Leningradi_Edasi_toimetus, lk 85
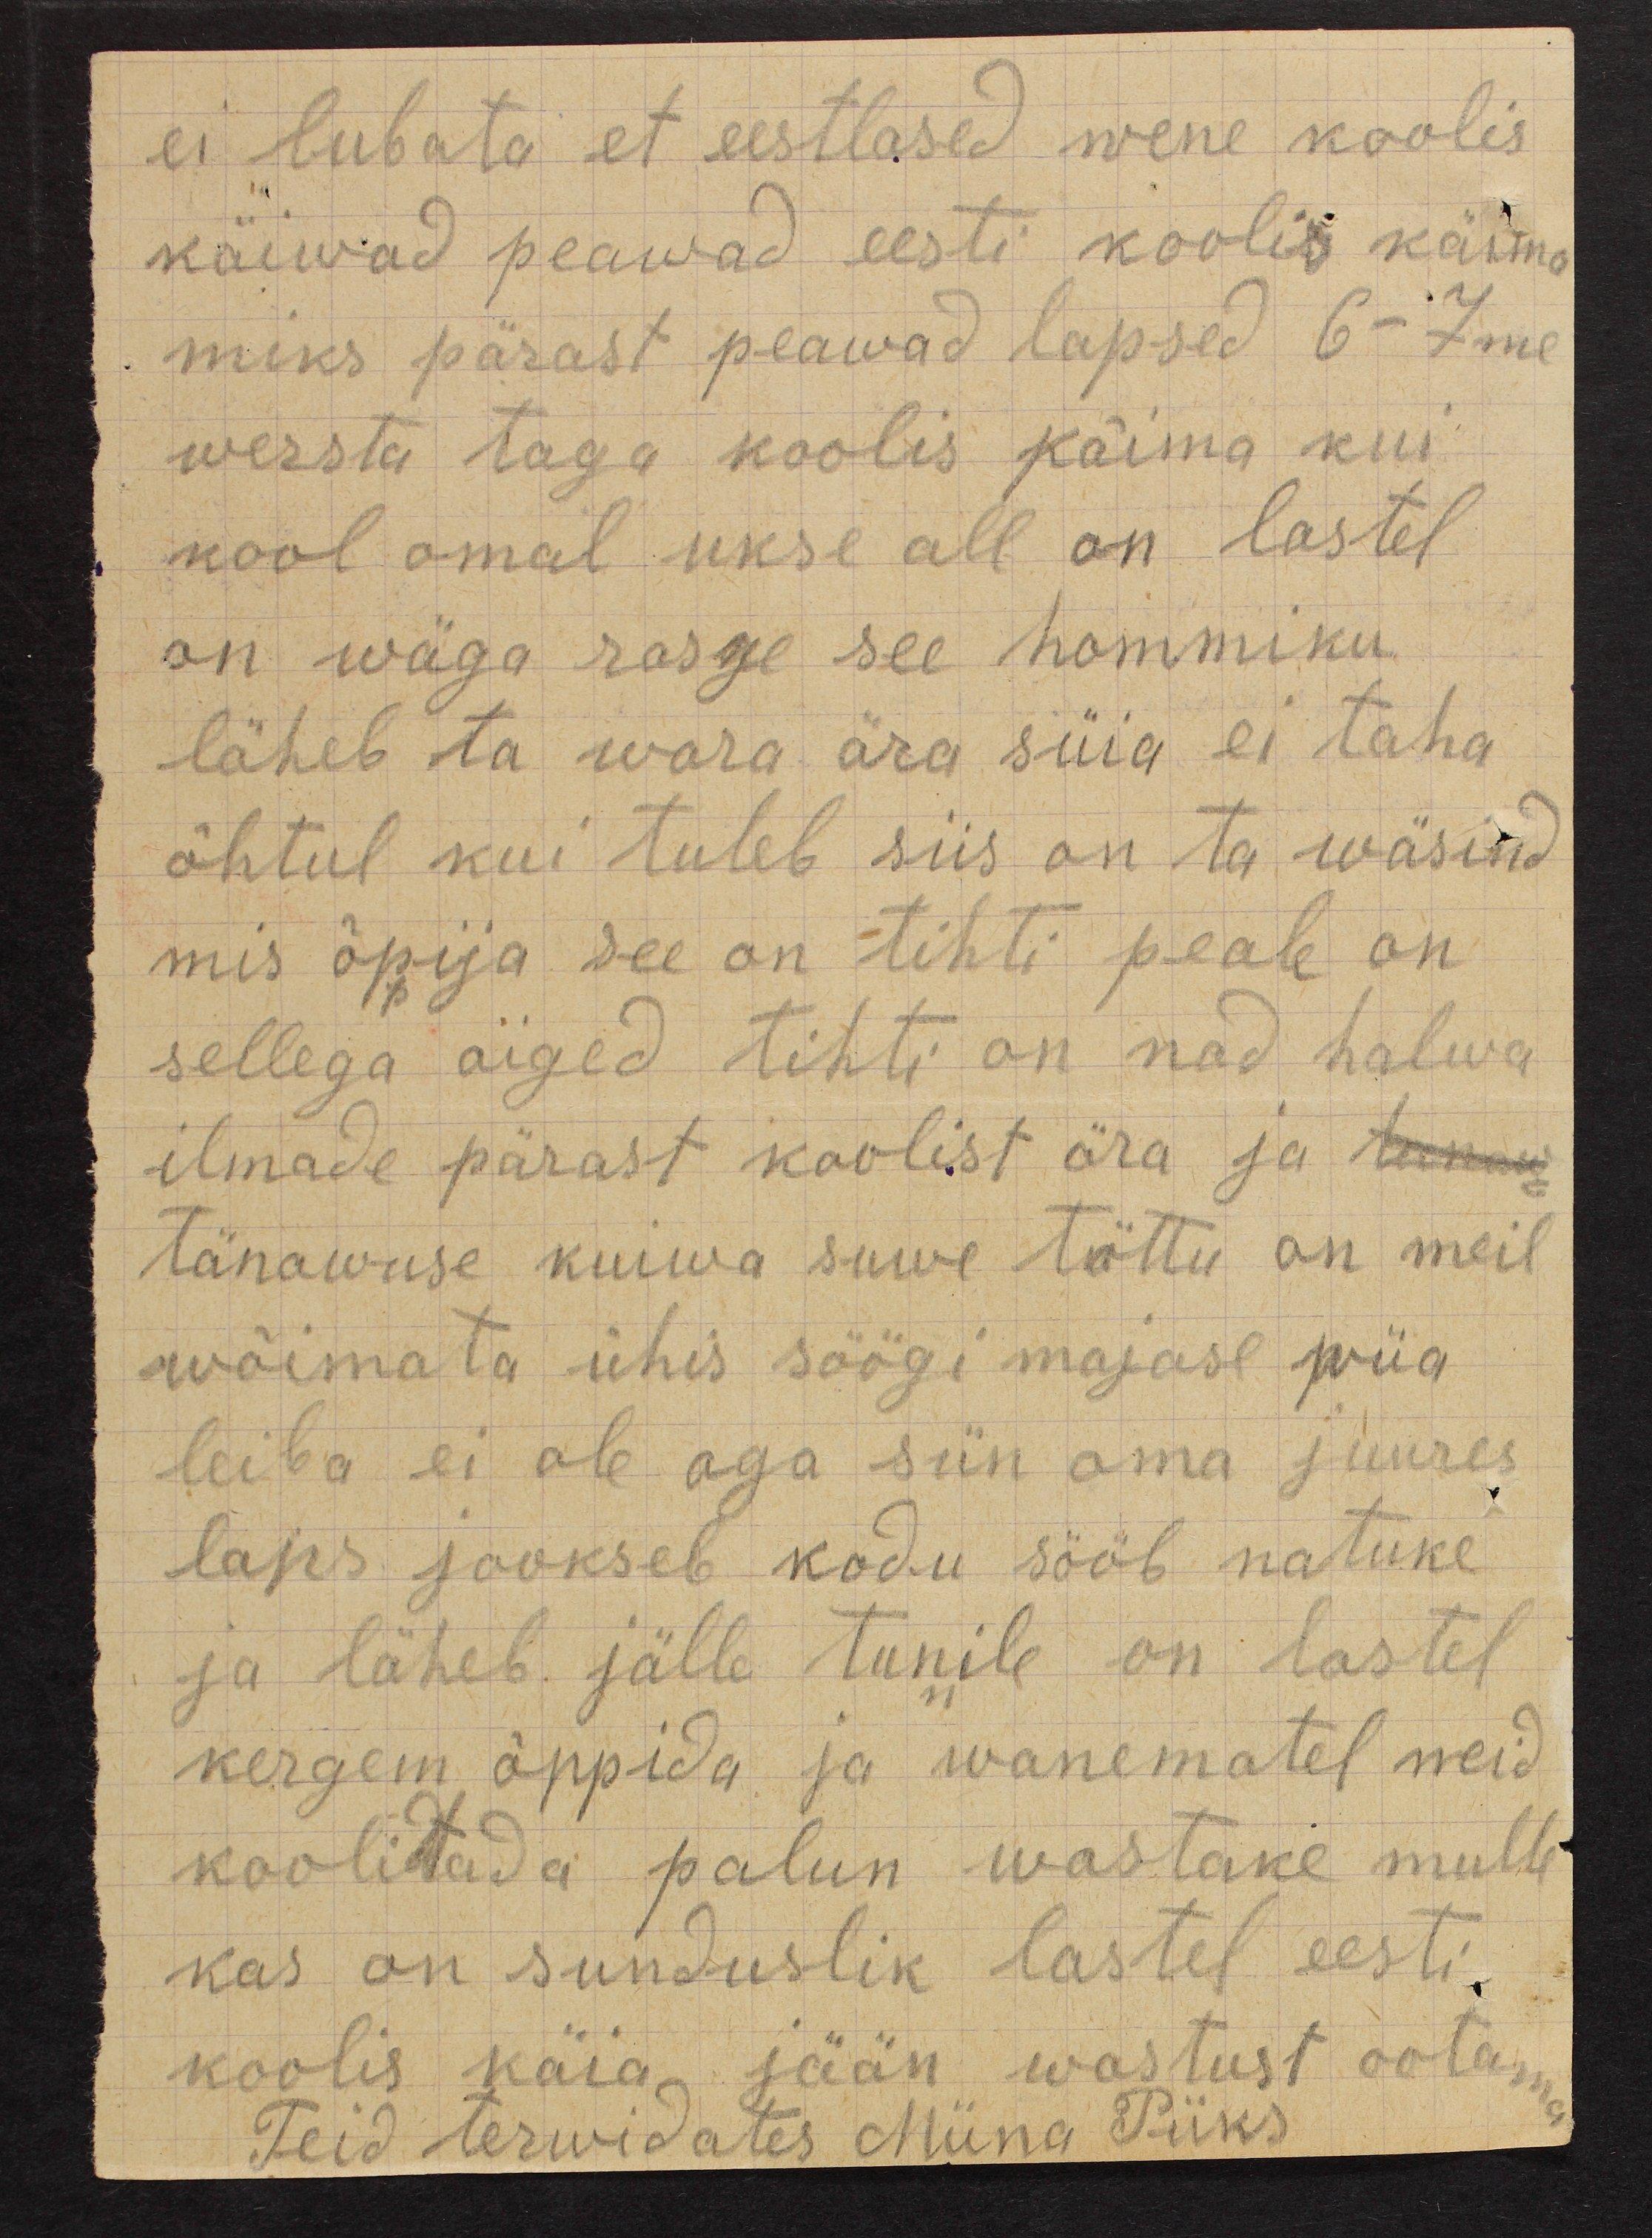
ei lubata et eestlased wene koolis
käiwad peawad eesti koolis käima
miks pärast peawad lapsed 6-7me
wersta taga koolis käima kui
kool omal ukse all on lastel
on wäga rasge see hommiku
läheb ta wara ära süia ei taha
õhtul kui tuleb siis on ta wäsind
mis õpija see on tihti peale on
sellega aiged tihti on nad halwa
ilmade pärast koolist ära ja tanaw
tänawuse kuiwa suwe tõttu on meil
wõimata ühis söögi majase wiia.
leiba ei ole aga siin oma juures
laps jookseb kodu sööb natuke.
ja läheb jälle tunile on lastel
kergem õppida ja wanematel neid
koolitada palun wastake mulle
kas on sunduslik lastel eesti.
koolis käia jään wastust ootama.
Teid tervidates Miina Piiks